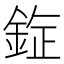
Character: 𰼯